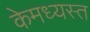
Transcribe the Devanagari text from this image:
केमध्यस्त